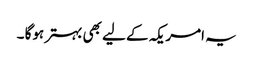
یہ امریکہ کے لیے بھی بہتر ہوگا ۔